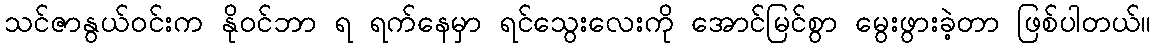
သင်ဇာနွယ်ဝင်းက နိုဝင်ဘာ ရ ရက်နေမှာ ရင်သွေးလေးကို အောင်မြင်စွာ မွေးဖွားခဲ့တာ ဖြစ်ပါတယ်။